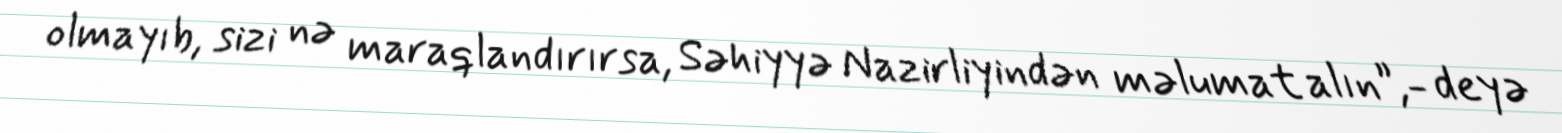
olmayıb, sizi nə maraqlandırırsa, Səhiyyə Nazirliyindən məlumat alın”,- deyə